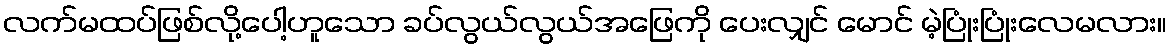
လက်မထပ်ဖြစ်လို့ပေါ့ဟူသော ခပ်လွယ်လွယ်အဖြေကို ပေးလျှင် မောင် မဲ့ပြုံးပြုံးလေမလား။